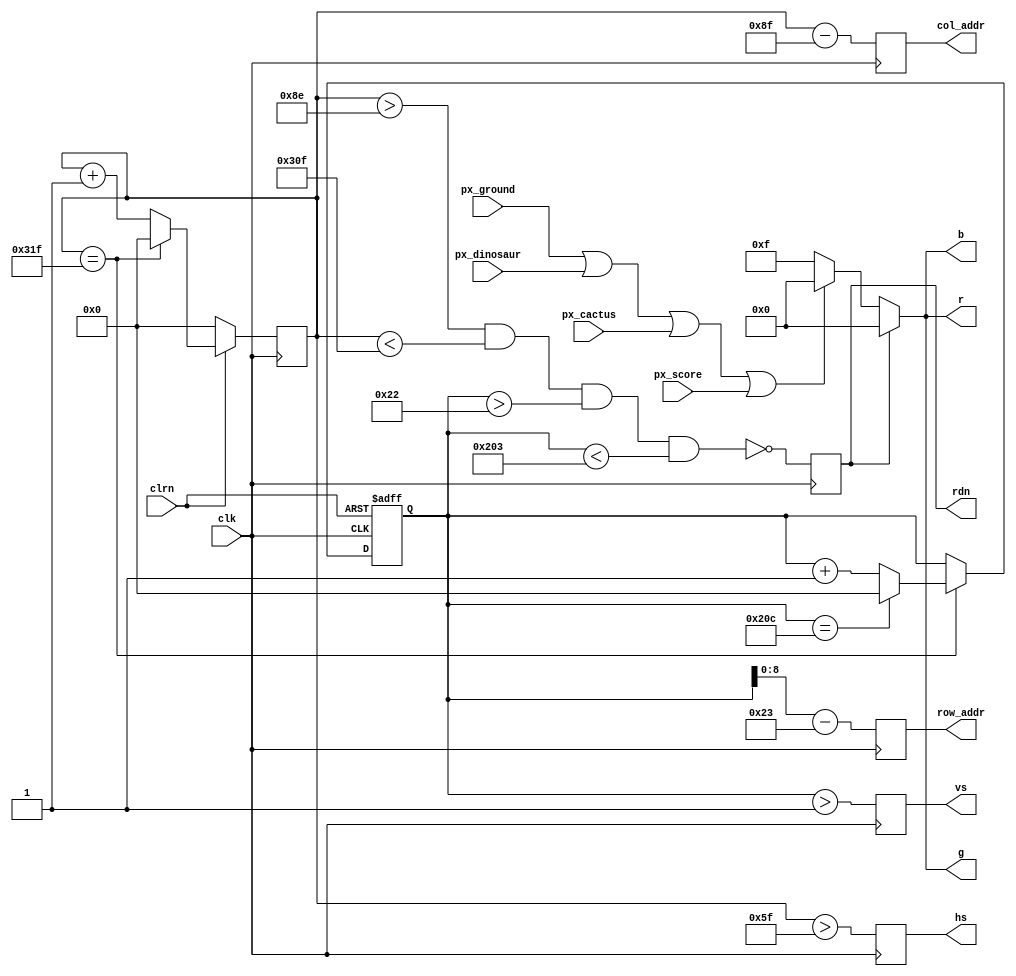
`timescale 1ns / 1ps

module Vga (clk, clrn, row_addr, col_addr, rdn, r, g, b, hs, vs, px_ground, px_dinosaur, px_score, px_cactus); // vgac
   input      clk;  // 25MHz
   input      clrn;
   input wire px_ground;
   input wire px_dinosaur;
   input wire px_cactus;
   input wire px_score;
   output reg [8:0] row_addr; // pixel ram row address, 480 (512) lines
   output reg [9:0] col_addr; // pixel ram col address, 640 (1024) pixels
   output wire [3:0] r,g,b;
   output reg       rdn;
   output reg       hs,vs;
   wire px;
   
   // h_count: VGA horizontal counter (0-799)
   reg [9:0] h_count;
   always @ (posedge clk) begin
       if (!clrn) begin
           h_count <= 10'h0;
       end else if (h_count == 10'd799) begin
           h_count <= 10'h0;
       end else begin 
           h_count <= h_count + 10'h1;
       end
   end
   
   // v_count: VGA vertical counter (0-524)
   reg [9:0] v_count;
   always @ (posedge clk or negedge clrn) begin
       if (!clrn) begin
           v_count <= 10'h0;
       end else if (h_count == 10'd799) begin
           if (v_count == 10'd524) begin
               v_count <= 10'h0;
           end else begin
               v_count <= v_count + 10'h1;
           end
       end
   end
   
    // signals, will be latched for outputs
    wire  [9:0] row    =  v_count - 10'd35;     // pixel ram row addr 
    wire  [9:0] col    =  h_count - 10'd143;    // pixel ram col addr 
    wire        h_sync = (h_count > 10'd95);    //  96 -> 799
    wire        v_sync = (v_count > 10'd1);     //   2 -> 524
    wire        read   = (h_count > 10'd142) && // 143 -> 782
                         (h_count < 10'd783) && //        640 pixels
                         (v_count > 10'd34)  && //  35 -> 514
                         (v_count < 10'd515);   //        480 lines
    
    //set color to black
    assign r = rdn ? 4'h0 : px ? 4'b0000:4'b1111;
    assign g = rdn ? 4'h0 : px ? 4'b0000:4'b1111;
    assign b = rdn ? 4'h0 : px ? 4'b0000:4'b1111;

    assign px = px_ground || px_dinosaur || px_cactus || px_score;
    
    // vga signals
    always @ (posedge clk) begin
        rdn      <= ~read;     // read pixel (active low)
        hs       <=  h_sync;   // horizontal synchronization
        vs       <=  v_sync;   // vertical   synchronization
        row_addr <=  row[8:0]; // pixel ram row address
        col_addr <=  col;      // pixel ram col address
    end
    
endmodule